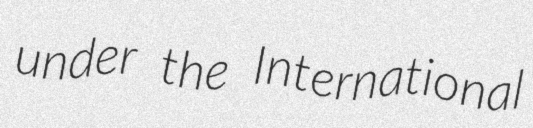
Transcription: under the International